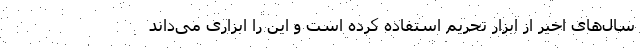
سال‌های اخیر از ابزار تحریم استفاده کرده است و این را ابزاری می‌داند